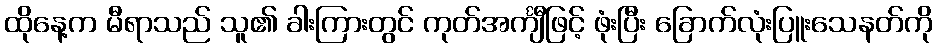
ထိုနေ့က မီရာသည် သူ၏ ခါးကြားတွင် ကုတ်အင်္ကျီဖြင့် ဖုံးပြီး ခြောက်လုံးပြူးသေနတ်ကို